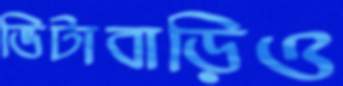
ভিটাবাড়িও